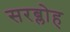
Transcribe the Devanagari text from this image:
सरब्लोह